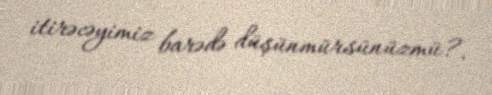
itirəcəyimiz barədə düşünmürsünüzmü?.